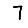
Digit: 7